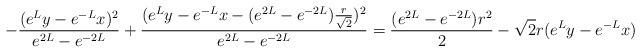
LaTeX: \begin{align*}-\frac{(e^Ly-e^{-L}x)^2}{e^{2L}-e^{-2L}}+\frac{(e^Ly-e^{-L}x-(e^{2L}-e^{-2L})\frac r{\sqrt2})^2}{e^{2L}-e^{-2L}}=\frac{(e^{2L}-e^{-2L})r^2}2-\sqrt2r(e^Ly-e^{-L}x)\end{align*}